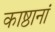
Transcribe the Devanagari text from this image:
काष्ठानां